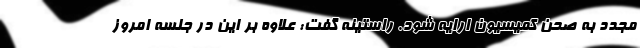
مجدد به صحن کمیسیون ارایه شود. راستینه گفت: علاوه بر این در جلسه امروز